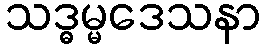
သဒ္ဓမ္မဒေသနာ